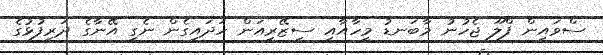
ސްވައިން ފްލޫ ޖެހުނު މާބަނޑު މީހާއާއި ސިޒޭރިއަން ހަދައިގެން ނެގި އޭނާގެ ދަރިފުޅުގެ